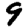
Digit: 9